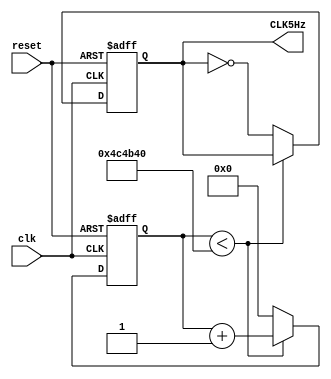
// ---------------------------  clock divider  ------------------------------- //
module clock_divider ( clk , reset , CLK5Hz ) ;
// -------------------------- Inputs Declarations ---------------------------- //
input clk, reset ;
// ------------------------- Outputs Declarations ---------------------------- //
output CLK5Hz ;
// ---------------------------- Reg Declarations ----------------------------- //
reg CLK5Hz ;
reg [22:0] count ;// log2(5_000_000)=23 bit
always @( posedge clk or posedge reset )
	begin
		if( reset ) // reset the counter circuit to initial (zero)
			begin
				count <= 0;
				CLK5Hz <= 0;
			end
		else
			begin
				if( count < 5_000_000 )
					count <= count + 1 ; // count 5 million 
				else 
					begin
						CLK5Hz = ~CLK5Hz ; // toggle the clk high\low
						count <= 0 ;
					end
			end
	end		

endmodule
// ----------------------------- End of File --------------------------------- //
// --------------------------------------------------------------------------- //